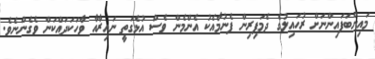
މައިންބަފައިންނަށް ރުހައިލުގެ ދެމަފިރިން ފެނުމާއެކު އެންމެން ވެސް އުޅެގަތީ ނައިރާއާ ވާހަކަދައްކަން ވެގެންނެވެ.